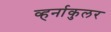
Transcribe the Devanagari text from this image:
व्हर्नाकुलर